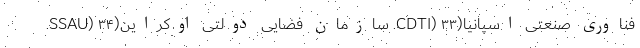
فناوری صنعتی اسپانیا(CDTI) ۳۳. سازمان فضایی دولتی اوکراین(SSAU) ۳۴.